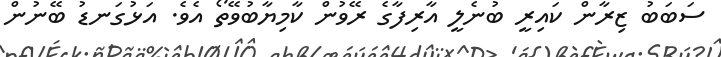
ސަބަބު ޒިރާން ކައިރީ ބުނެލީ އާރިފާގެ ރޭވުން ކާމިޔާބުވޭތޯ އެވެ. އަޅުގަނޑު ބޭނުން